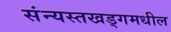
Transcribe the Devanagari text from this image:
संन्यस्तखड्गमधील